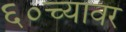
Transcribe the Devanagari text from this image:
६०च्यावर